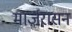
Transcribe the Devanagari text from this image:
मार्जरासन